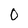
Character: O